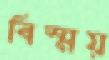
বিস্ময়